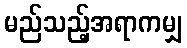
မည်သည့်အရာကမျှ